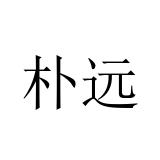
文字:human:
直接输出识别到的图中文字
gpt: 朴远